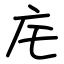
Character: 㡯